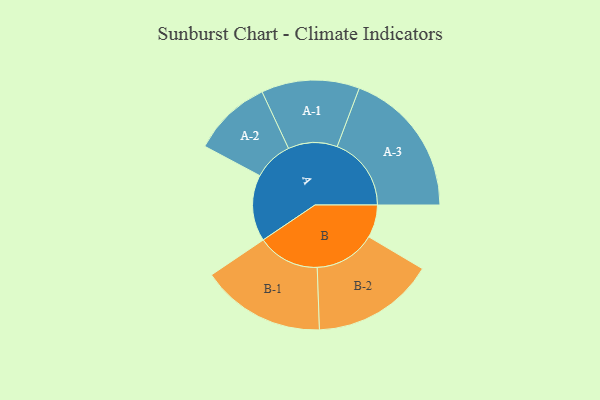
{"axis": {"x": "Segment", "y": "Value"}, "legend": ["", "A", "B"], "data": [{"x": "A", "y": 249, "type": ""}, {"x": "B", "y": 123, "type": ""}, {"x": "A-1", "y": 184, "type": "A"}, {"x": "A-2", "y": 148, "type": "A"}, {"x": "A-3", "y": 278, "type": "A"}, {"x": "B-1", "y": 233, "type": "B"}, {"x": "B-2", "y": 230, "type": "B"}]}